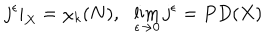
LaTeX: j ^ { \epsilon } | _ { X } = \chi _ { k } ( N ) , \ \ \lim _ { \epsilon \rightarrow 0 } j ^ { \epsilon } = P D ( X )